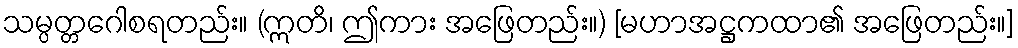
သမ္ပတ္တဂေါစရတည်း။ (ဣတိ၊ ဤကား အဖြေတည်း။) [မဟာအဋ္ဌကထာ၏ အဖြေတည်း။]